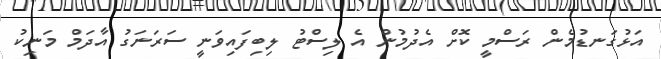
އަޅުގަނޑުމެން ރަސްމީ ކޮށް އެދުމުން އެ ލިސްޓު ލިބިފައިވަނީ ސަރަނަގު އާދަމް މަނިކު